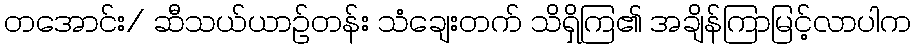
တအောင်း/ ဆီသယ်ယာဉ်တန်း သံချေးတက် သိရှိကြ၏ အချိန်ကြာမြင့်လာပါက